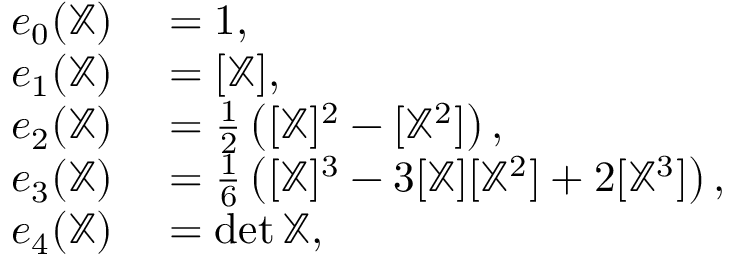
\begin{array} { r l } { e _ { 0 } ( \mathbb { X } ) } & { { } = 1 , } \\ { e _ { 1 } ( \mathbb { X } ) } & { { } = [ \mathbb { X } ] , } \\ { e _ { 2 } ( \mathbb { X } ) } & { { } = { \frac { 1 } { 2 } } \left( [ \mathbb { X } ] ^ { 2 } - [ \mathbb { X } ^ { 2 } ] \right) , } \\ { e _ { 3 } ( \mathbb { X } ) } & { { } = { \frac { 1 } { 6 } } \left( [ \mathbb { X } ] ^ { 3 } - 3 [ \mathbb { X } ] [ \mathbb { X } ^ { 2 } ] + 2 [ \mathbb { X } ^ { 3 } ] \right) , } \\ { e _ { 4 } ( \mathbb { X } ) } & { { } = \det \mathbb { X } , } \end{array}